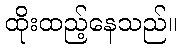
ထိုးထည့်နေသည်။